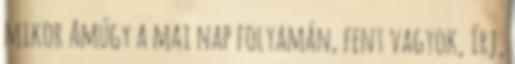
mikor Amúgy a mai nap folyamán, fent vagyok, írj,